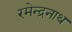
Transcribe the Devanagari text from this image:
रमेन्द्रनाथ